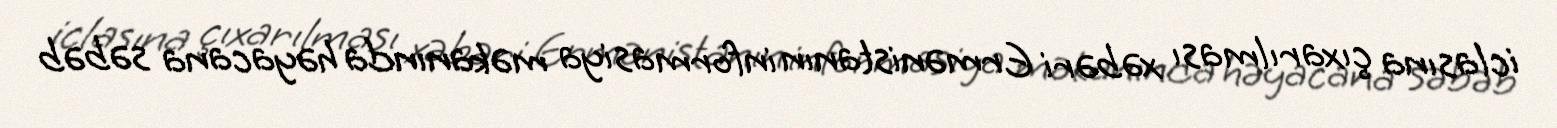
iclasına çıxarılması xəbəri Ermənistanın informasiya məkanında həyacana səbəb